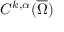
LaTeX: C ^ { k , \alpha } ( { \overline { { \Omega } } } )